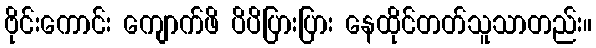
ဗိုင်းကောင်း ကျောက်ဖိ ပိပိပြားပြား နေထိုင်တတ်သူသာတည်း။